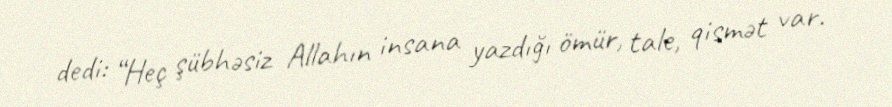
dedi: “Heç şübhəsiz Allahın insana yazdığı ömür, tale, qismət var.